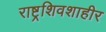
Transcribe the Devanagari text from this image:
राष्ट्रशिवशाहीर